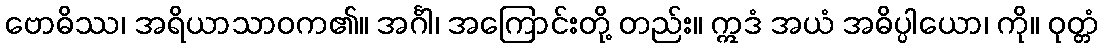
ဗောဓိဿ၊ အရိယာသာဝက၏။ အင်္ဂါ၊ အကြောင်းတို့ တည်း။ ဣဒံ အယံ အဓိပ္ပါယော၊ ကို။ ဝုတ္တံ